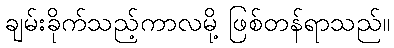
ချမ်းခိုက်သည့်ကာလမို့ ဖြစ်တန်ရာသည်။